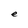
Character: e